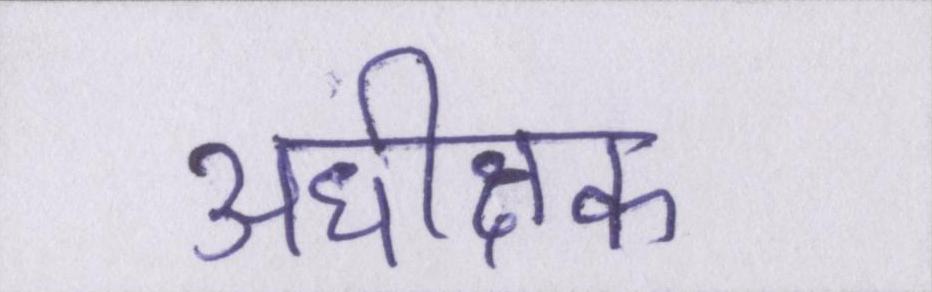
अधीक्षक